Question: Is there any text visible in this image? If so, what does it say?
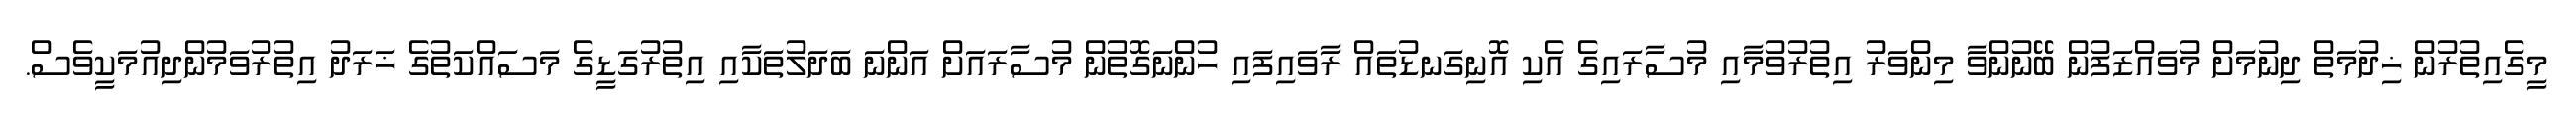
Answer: މީގެއިތުރުން ޚިދުމަތް ދިނުމަށް މުވައްޒަފުން ބޭނުންވާ މިންވަރު އިތުރުވުމާއި މުސާރައިގެ އެކި އޮނިގަނޑުތައް ރާވައިފައި ހުންނަގޮތުން މުސާރައަށް އަންނަ ބަދަލުތަކާއި އިތުރުގަޑީގެ މަސައްކަތުގެ ޚަރަދު އިތުރުވަމުންދިއުމަކީވެސް.